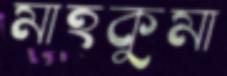
মাহকুমা